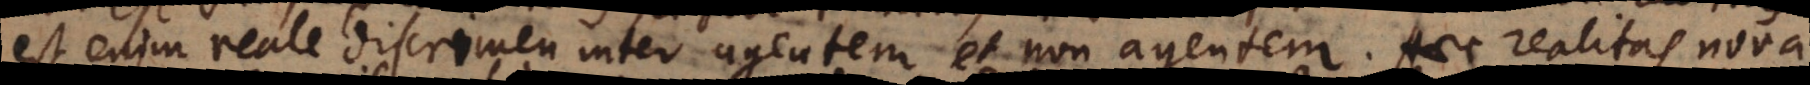
est enim reale discrimen inter agentem et non agentem. Haec realitas nova